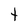
Character: t